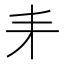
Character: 𠂙